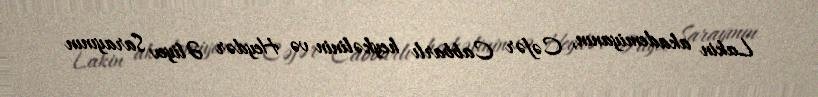
Lakin akademiyanın, Cəfər Cabbarlı heykəlinin və Heydər Əliyev Sarayının